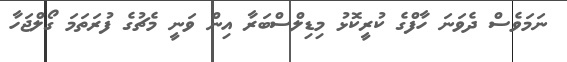
ނަމަވެސް ދެވަނަ ހާފްގެ ކުރީކޮޅު މިޑިލްސްބަރާ އިން ވަނީ މެޗުގެ ފުރަތަމަ ގޯލްޖަހާ